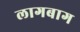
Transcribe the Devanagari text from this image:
लागबाग